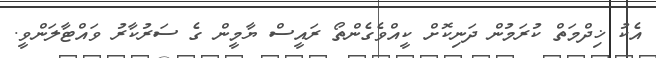
އެކު ޚިދްމަތް ކުރަމުން ދަނިކޮށް ކީއްވެގެންތޯ ރައީސް ޔާމީން ގެ ސަރުކާރު ވައްޓާލަންވީ.